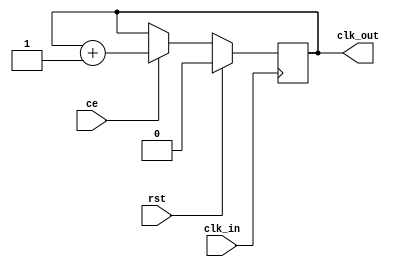
`timescale 1ns / 1ps

module clk_div(
    input clk_in,
    input rst,
    input ce,
    output clk_out
    );

// Parameters
parameter DELAY=0; // 0 - default

// Wires

// Registers
reg [DELAY:0] clk_buffer;

assign clk_out = clk_buffer[DELAY];

always @(posedge clk_in) begin
    if ( rst ) begin
        clk_buffer <= 0;
    end else begin
        if ( ce == 1) 
            clk_buffer <= clk_buffer + 1;
    end
end

endmodule